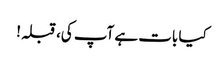
کیا بات ہے آپ کی، قبلہ!